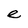
Character: e